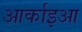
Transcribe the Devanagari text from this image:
आर्काइआ